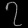
Digit: ၇